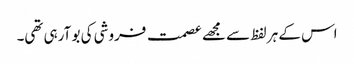
اس کے ہر لفظ سے مجھے عصمت فروشی کی بو آرہی تھی۔